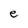
Character: e